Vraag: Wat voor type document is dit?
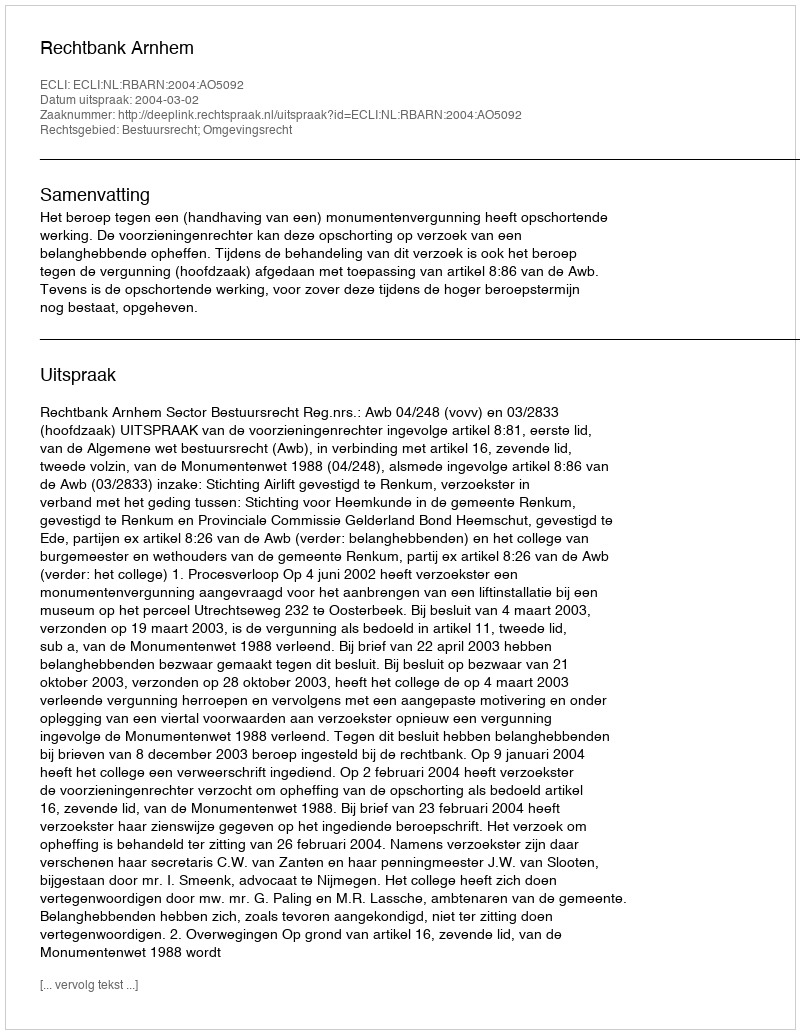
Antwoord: Uitspraak